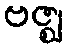
ဗဇ္ဈ